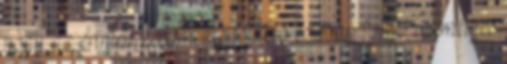
hogy az érintett kérelmezte tőlük a szóban forgó személyes